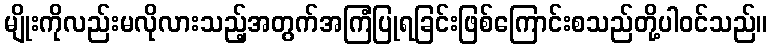
မျိုးကိုလည်းမလိုလားသည့်အတွက်အကြံပြုရခြင်းဖြစ်ကြောင်းစသည်တို့ပါဝင်သည်။